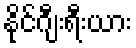
နိုင်ဂျီးရီးယား